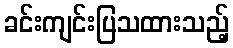
ခင်းကျင်းပြသထားသည့်